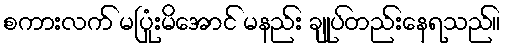
စကားလက် မပြုံးမိအောင် မနည်း ချုပ်တည်းနေရသည်။